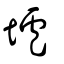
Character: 壚